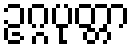
ဥဂ္ဂပုတ္တာ